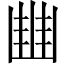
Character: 𠁳